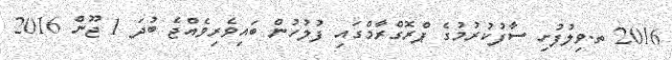
2016 ތ.ވިލުފުށި ސާފުކުރުމުގެ ޕްރޮގްރާމްގައި ފުލުހުން ބައިވެރިވެއްޖެ ބުދަ 1 ޖޫން 2016